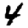
Digit: 4